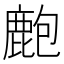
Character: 𪊡